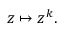
z \mapsto z ^ { k } .